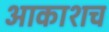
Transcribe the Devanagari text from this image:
आकाशच